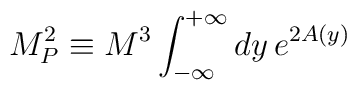
M_P^2\equiv M^3\int_{-\infty}^{+\infty}dy\,e^{2A(y)}